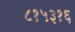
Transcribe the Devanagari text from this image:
८१५३१६